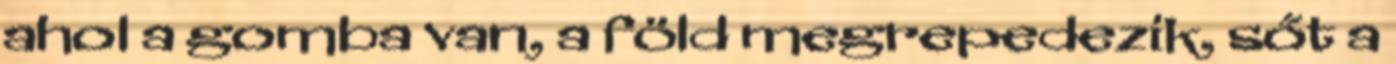
ahol a gomba van, a föld megrepedezik, sőt a